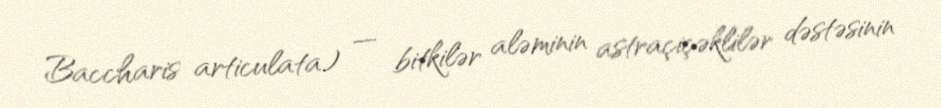
Baccharis articulata) — bitkilər aləminin astraçiçəklilər dəstəsinin